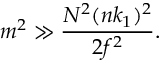
m ^ { 2 } \gg \frac { N ^ { 2 } ( n k _ { 1 } ) ^ { 2 } } { 2 f ^ { 2 } } .